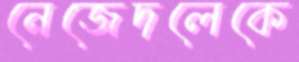
নেজেদলেকে